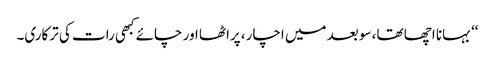
‘‘ بہانا اچھا تھا، سو بعد میں اچار، پراٹھا اور چائے کبھی رات کی ترکاری۔